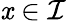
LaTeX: \mathit{x}\in\mathcal{{I}}